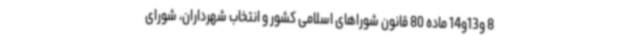
8 و13و14 ماده 80 قانون شوراهای اسلامی کشور و انتخاب شهرداران، شورای